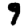
Digit: 9